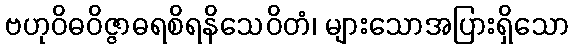
ဗဟုဝိဓဝိဇ္ဇာဓရစိရနိသေဝိတံ၊ များသောအပြားရှိသော